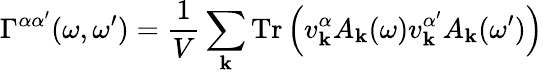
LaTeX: \Gamma^{\alpha\alpha^{\prime}}(\omega,\omega^{\prime})=\frac{1}{V}\sum_{\mathbf{k}}\mathrm{Tr}\left(v_{\mathbf{k}}^{\alpha}A_{\mathbf{k}}(\omega)v_{\mathbf{k}}^{\alpha^{\prime}}A_{\mathbf{k}}(\omega^{\prime})\right)